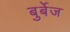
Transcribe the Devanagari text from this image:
बुर्बेज